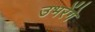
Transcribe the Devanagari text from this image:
उभरेंगे